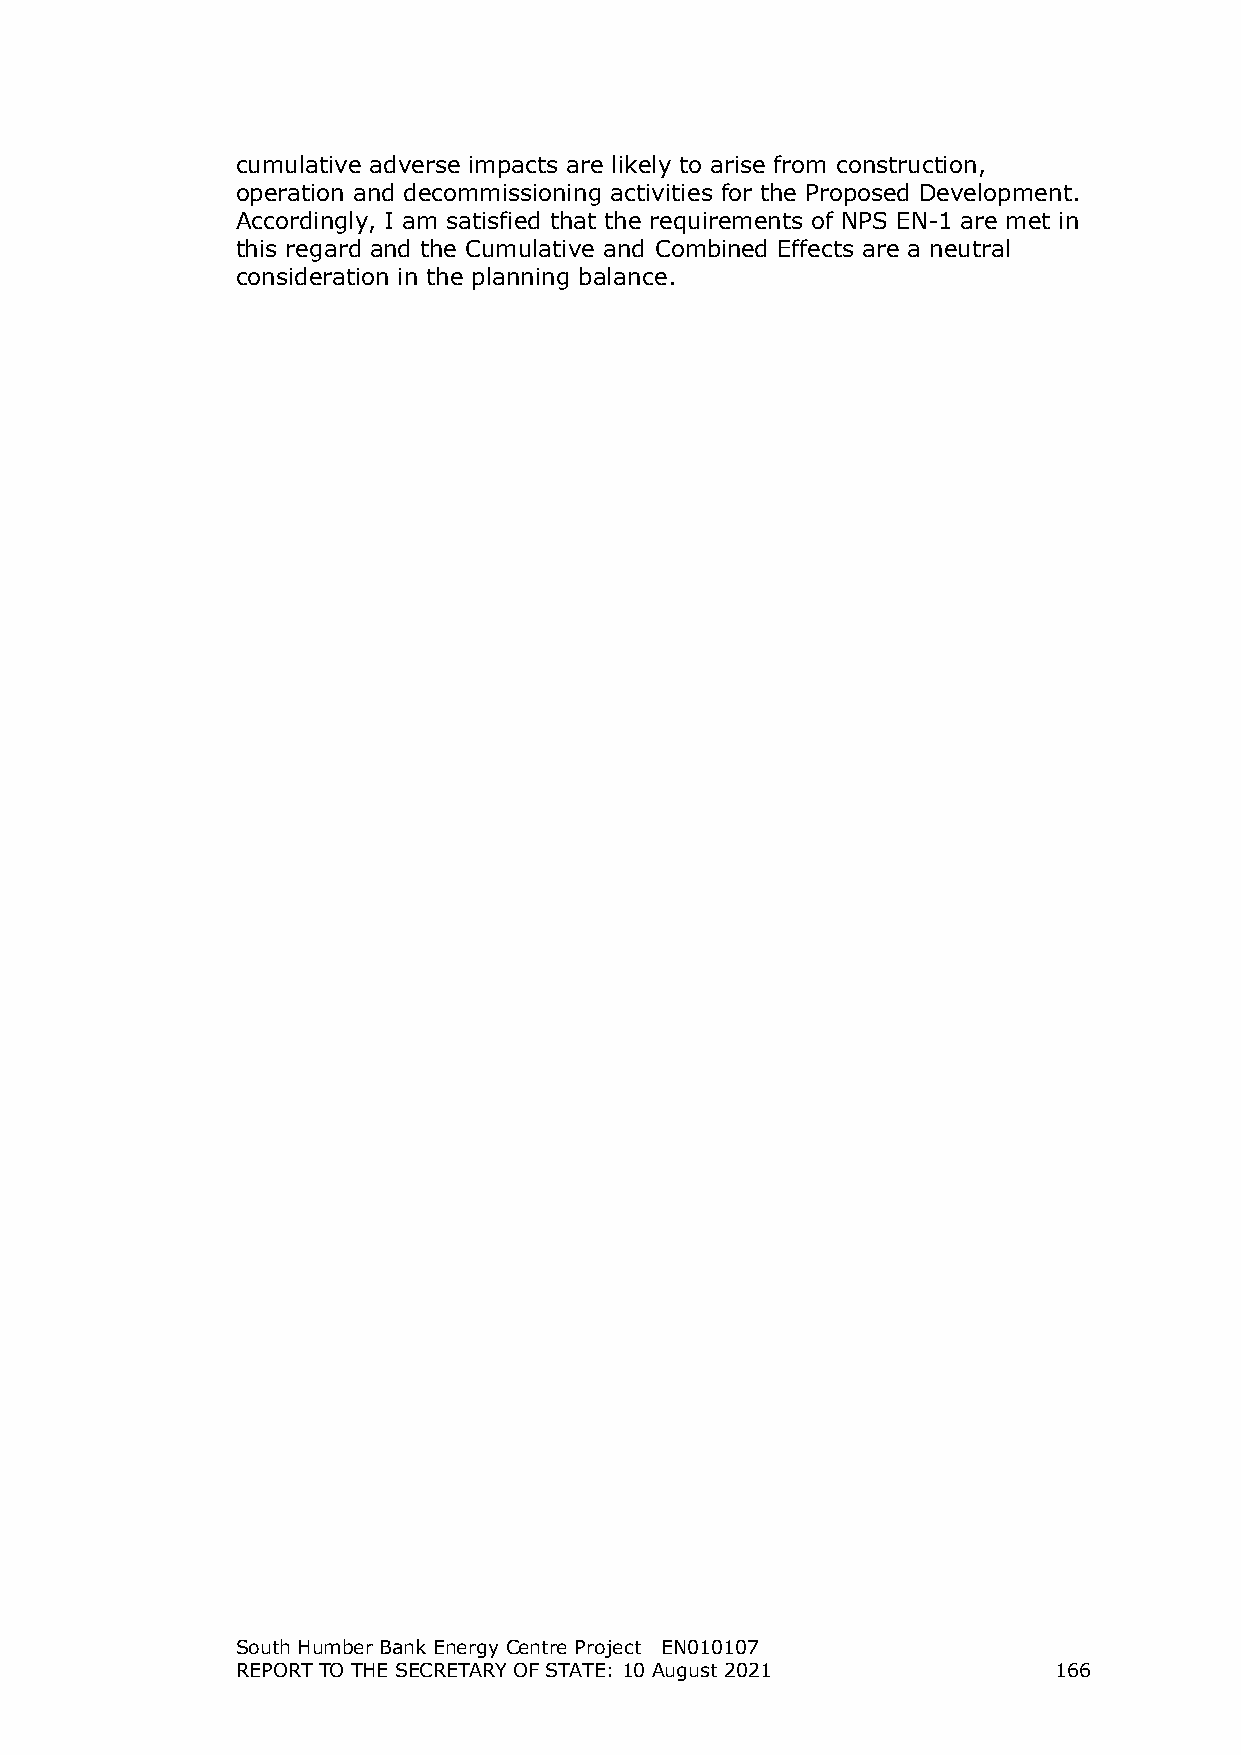
cumulative adverse impacts are likely to arise from construction,
 operation and decommissioning activities for the Proposed Development.
 Accordingly, I am satisfied that the requirements of NPS EN-1 are met in
 this regard and the Cumulative and Combined Effects are a neutral
 consideration in the planning balance.
 South Humber Bank Energy Centre Project EN010107
 REPORT TO THE SECRETARY OF STATE: 10 August 2021      166